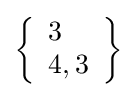
\left\{{\begin{array}{l}3\\4,3\end{array}}\right\}